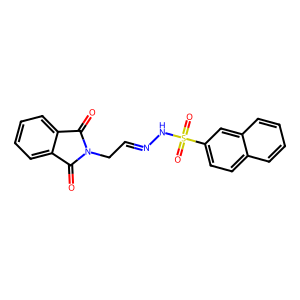
SMILES: O=C1c2ccccc2C(=O)N1CC=NNS(=O)(=O)c1ccc2ccccc2c1
Inhibits HIV replication: No